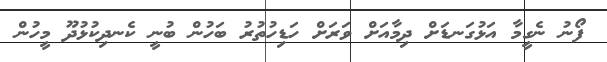
ފޯނު ނެގީމާ އަޅުގަނޑަށް ދިމާއަށް ވަރަށް ހަޑިހުތުރު ބަހުން ބުނީ ކެނދިކުޅުދޫ މީހުން